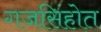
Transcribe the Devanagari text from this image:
गजसिंहोत